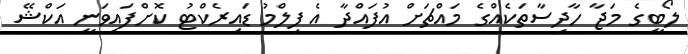
ލޯބީގެ މަޖާ ހާދިސާތަކެއްގެ މައްޗަށް އުފައްދާ އެ ފިލްމު ޑައިރެކްޓު ކޮށްފައިވަނީ އަކްޝޭ